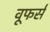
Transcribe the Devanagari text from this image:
वूफर्स